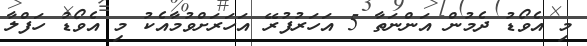
މި އެވޯޑު ދެމުން އަންނަތާ 5 އަހަރުފުރޭ އަހަރަށްވުމާއެކު މި އެވޯޑު ހަފްލާ